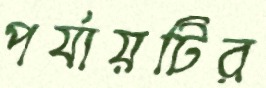
পর্যায়টির